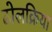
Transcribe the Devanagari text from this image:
ढोलक्रिया